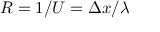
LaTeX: R = 1 / U = \Delta x / \lambda